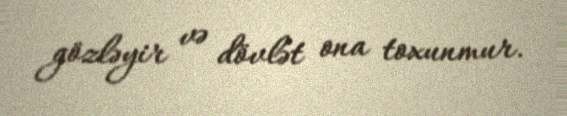
gözləyir və dövlət ona toxunmur.